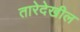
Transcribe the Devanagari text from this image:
तारेदेखील